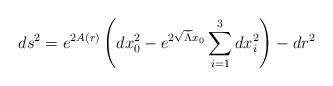
LaTeX: \begin{align*}ds^2 = e^{2A(r)}\left( dx_0^2 - e^{2 \sqrt{\bar\Lambda} x_0} \sum_{i=1}^3 dx_i^2 \right) - dr^2\end{align*}